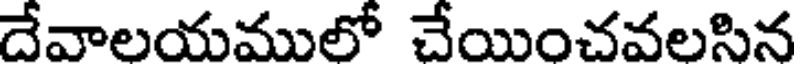
దేవాలయములో చేయించవలసిన